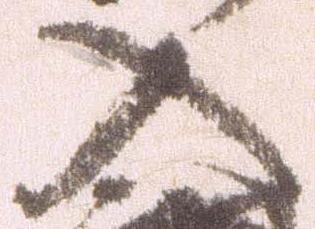
入